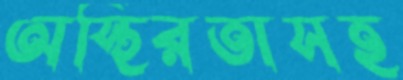
অস্থিরতাসহ